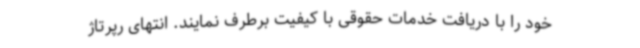
خود را با دریافت خدمات حقوقی با کیفیت برطرف نمایند. انتهای رپرتاژ